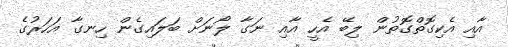
އާއި އެކިގޮތްގޮތުން ލިބޭ އެހީ އާއި ނަގާ ލޯނަށް ބަލައިގެން ހިނގާ އަހަރުގެ